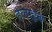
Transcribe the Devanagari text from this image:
हलाइब